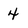
Character: 4